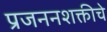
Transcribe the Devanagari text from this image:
प्रजननशक्तीचे